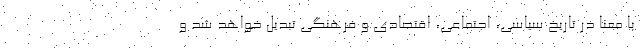
با معنا در تاریخ سیاسی، اجتماعی، اقتصادی و فرهنگی تبدیل خواهد شد و